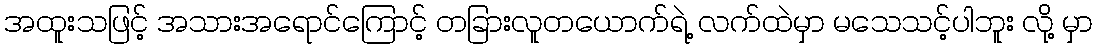
အထူးသဖြင့် အသားအရောင်ကြောင့် တခြားလူတယောက်ရဲ့ လက်ထဲမှာ မသေသင့်ပါဘူး လို့ မှာ